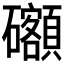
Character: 𥗳